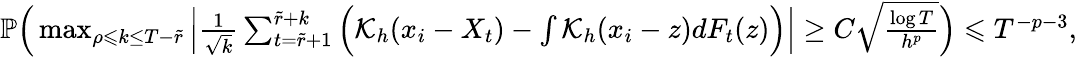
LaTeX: \begin{array}{r}{\mathbb{P}\Big(\operatorname*{max}_{\rho\leqslant k\leq T-\widetilde{r}}\Big|\frac{1}{\sqrt{k}}\sum_{t=\widetilde{r}+1}^{\widetilde{r}+k}\Big(\mathcal{K}_{h}(x_{i}-X_{t})-\int\mathcal{K}_{h}(x_{i}-z)dF_{t}(z)\Big)\Big|\geq C\sqrt{\frac{\log T}{h^{p}}}\Big)\leqslant T^{-p-3},}\end{array}